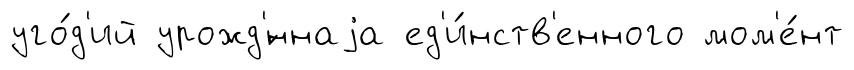
уго́д'ий урожд'́ннаjа ед'и́нств'енного мом'е́нт